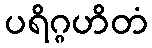
ပရိဂ္ဂဟိတံ